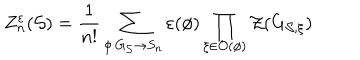
Z _ { n } ^ { \varepsilon } ( \mathcal { S } ) = \frac { 1 } { n ! } \sum _ { \phi : G _ { \mathcal { S } } \rightarrow S _ { n } } \varepsilon ( \phi ) \prod _ { \xi \in \mathcal { O } ( \phi ) } \mathcal { Z } ( G _ { \mathcal { S } , \xi } )